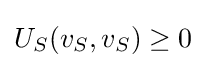
U_{S}(v_{S},v_{S})\geq 0